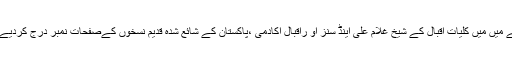
اس اشاریے میں میں کلیات اقبال کے شیخ غلام علی اینڈ سنز او راقبال اکادمی ،پاکستان کے شائع شدہ قدیم نسخوں کےصفحات نمبر درج کردیے گئے ہیں۔